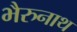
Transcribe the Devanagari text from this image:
भैरुनाथ